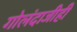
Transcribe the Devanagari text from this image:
गोलंदाजीही